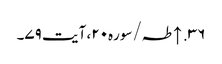
۳۶. ↑ طہ/سوره۲۰، آیت ۷۹۔